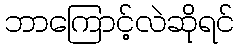
ဘာကြောင့်လဲဆိုရင်